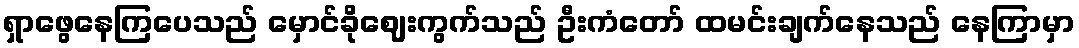
ရှာဖွေနေကြပေသည် မှောင်ခိုဈေးကွက်သည် ဦးကံတော် ထမင်းချက်နေသည် နေကြာမှာ